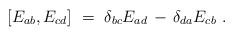
LaTeX: \begin{align*} [E_{ab},E_{cd}]~=~\delta_{bc} E_{ad} \, - \, \delta_{da} E_{cb}~.\end{align*}